Vaccination in Burma 1920-1933 - 1920-1933
Year: 1920
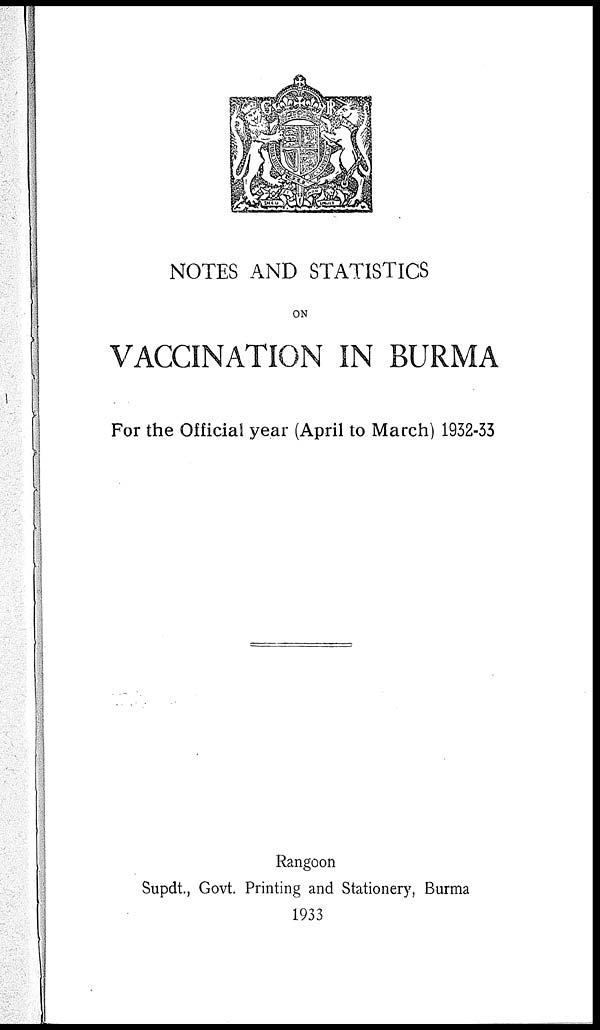
NOTES AND STATISTICS
ON
VACCINATION IN BURMA
For the Official year (April to March) 1932-33
Rangoon
Supdt., Govt. Printing and Stationery, Burma
1933